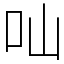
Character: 𠮿